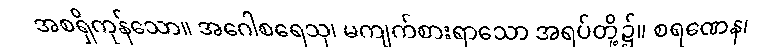
အစရှိကုန်သော။ အဂေါစရေသု၊ မကျက်စားရာသော အရပ်တို့၌။ စရဏေန၊